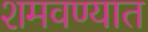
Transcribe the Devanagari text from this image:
शमवण्यात